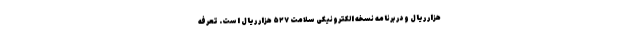
هزار ریال و در برنامه نسخه الکترونیکی سلامت ۵۲۷ هزار ریال است. تعرفه